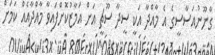
ގާނޫނުއަސާސީގެ އެ މާއްދާ އަކީ ސީދާ ސޫޗީ އަށް އަމާޒުކޮށްފައިވާ މާއްދާއެއް ކަމަށް